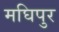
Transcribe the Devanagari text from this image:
मघिपुर